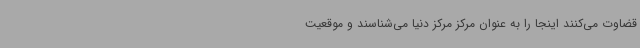
قضاوت می‌کنند اینجا را به عنوان مرکز مرکز دنیا می‌شناسند و موقعیت